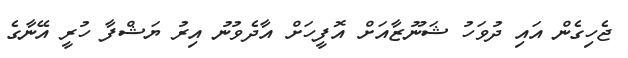
ޖެހިގެން އައި ދުވަހު ޝަނޫޒާއަށް އޮފީހަށް އާދެވުނު އިރު ޔަޝްފާ ހުރީ އޭނާގެ